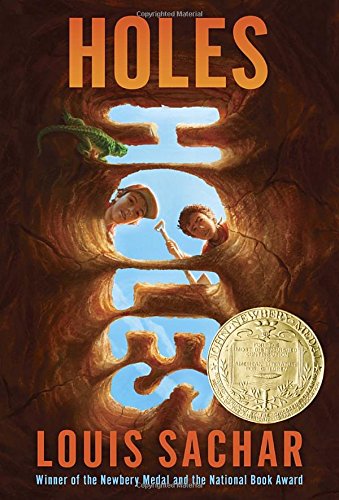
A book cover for Holes; Louis Sachar; Literature & Fiction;